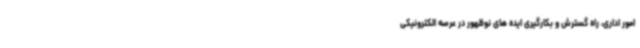
امور اداری، راه گسترش و بکارگیری ایده های نوظهور در عرصه الکترونیکی